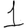
Digit: 1